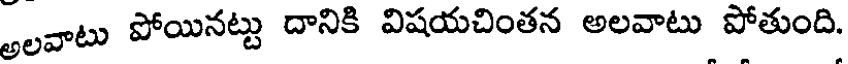
అలవాటు పోయినట్టు దానికి విషయచింతన అలవాటు పోతుంది.